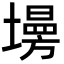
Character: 𡑦